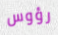
رؤوس